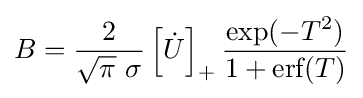
B={2 \over {{\sqrt {\pi }}~\sigma }}\left[{\dot {U}}\right]_{+}{\exp(-T^{2}) \over {1+{\hbox{erf}}(T)}}